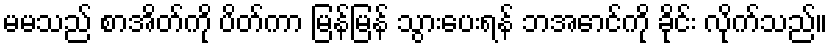
မမသည် စာအိတ်ကို ပိတ်ကာ မြန်မြန် သွားပေးရန် ဘအောင်ကို ခိုင်း လိုက်သည်။